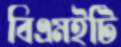
বিএমইটি